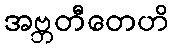
အဗ္ဘတီတေဟိ